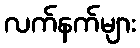
လက်နက်များ